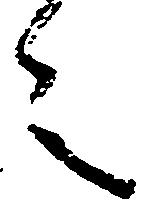
言